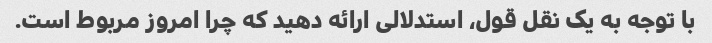
با توجه به یک نقل قول، استدلالی ارائه دهید که چرا امروز مربوط است.